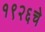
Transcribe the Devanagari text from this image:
१९२६चे